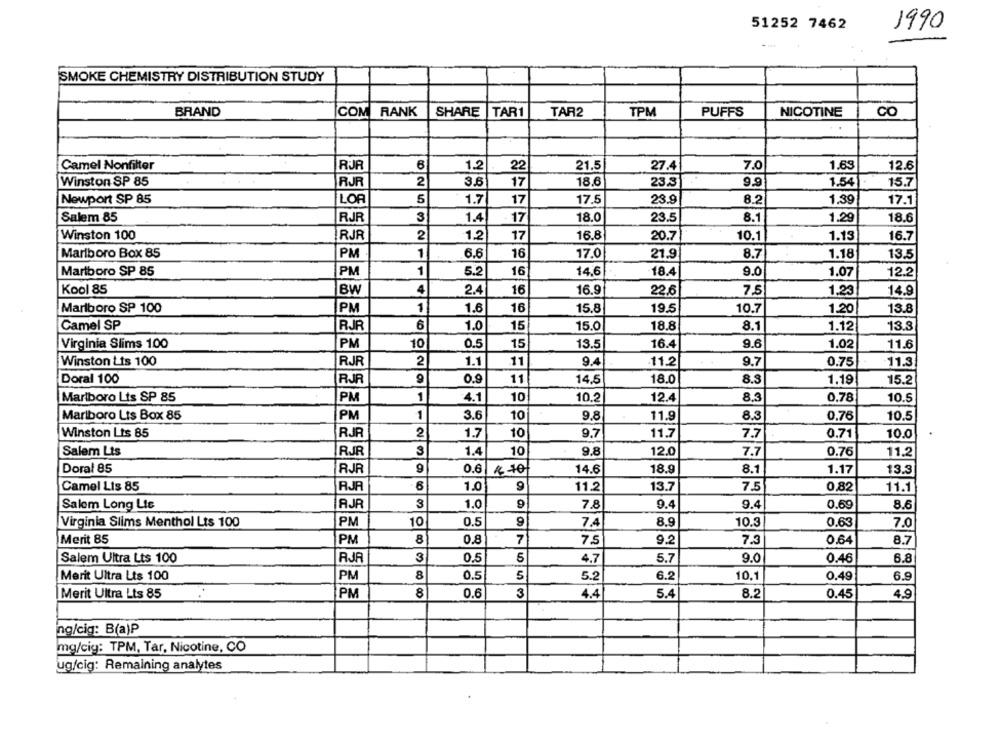
51252 7462
1990
SMOKE CHEMISTRY DISTRIBUTION STUDY
CO
BRAND
COM RANK
SHARE
TAR1
TAR2
TPM
PUFFS
NICOTINE
Camel Nonfilter
RJR
6
1.2
22
21.5
27.4
7.0
1.63
12.6
Winston SP 85
RJR
2
3.6
17
18.6
23.3
9.9
1.54
15.7
Newport SP 85
LOR
5
1.7
17
17.5
23.9
8.2
1.39
17.1
Salem 85
RJR
3
1.4
17
18.0
23.5
8.1
1.29
18.6
Winston 100
RJR
2
1.2
17
16.8
20.7
10.1
1.13
16.7
PM
1
8.7
1.18
Marlboro Box 85
6.6
16
17.0
21.9
13.5
Marlboro SP 85
PM
1
5.2
16
14.6
18.4
9.0
1.07
12.2
4
16.9
Kool 85
BW
2.4
16
22.6
7.5
1.23
14.9
Marlboro SP 100
PM
1
1.6
16
15.8
19.5
10.7
1.20
13.8
Camel SP
RJR
6
1.0
15
15.0
18.8
8.1
13.3
1.12
Virginia Slims 100
PM
10
0.5
15
13.5
16.4
9.6
1.02
11.6
Winston Lis 100
RJR
2
1.1
11
9.4
.11.2
9.7
0.75
11.3
0.9
18.0
8.3
1.19
Doral 100
RJR
11
14,5
15.2
Marlboro Lts SP 85
PM
1
4.1
10
10.2
12.4
8.3
0.78
10.5
PM
1
3.6
10
11.9
8.3
0.76
Marlboro Lts Box 85
9.8
10.5
Winston Lts 85
RJR
2
1.7
10
9.7
11.7
7.7
0.71
10.0
Salem Lts
RJR
1.4
10
9.8
12.0
7.7
0.76
11,2
Doral 85
RJR
0.6
$ 10
14.6
18.9
8.1
1.17
13.3
Camel Lis 85
RJA
6
1.0
11.2
13.7
7.5
0,82
11.1
Salem Long Lie
AJR
3
1.0
9
7.8
9.4
9.4
0.69
8.6
Virginia Slims Menthol Lts 100
PM
10
0.5
7.4
8.9
10.3
0.63
7.0
Merit 85
PM
8
0.8
7
7.5
9.2
7.3
0.64
8.7
Salem Ultra Lts 100
RJA
3
0.5
5
4.7
5.7
9.0
0.46
6.8
Merit Ultra Lts 100
PM
8
0.5
5
5.2
6.2
10.1
0.49
6.9
Merit Ultra Lts 85
PM
8
0.6
3
4.4
5.4
8.2
0.45
4,9
ng/cig: B(a)P
mg/cig: TPM, Tar, Nicotine, CO
ug/cig: Remaining analytes